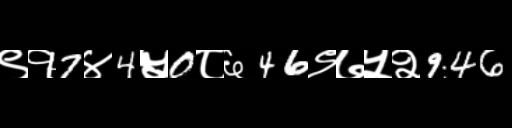
Text: ९१7४4५0८६46९७५२946